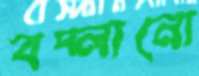
বদ্‌লানো